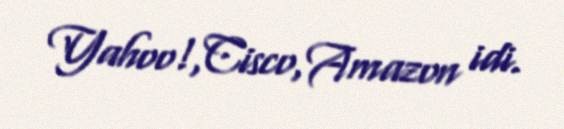
Yahoo!,Cisco,Amazon idi.